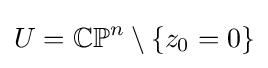
U=\mathbb {CP} ^{n}\setminus \{z_{0}=0\}